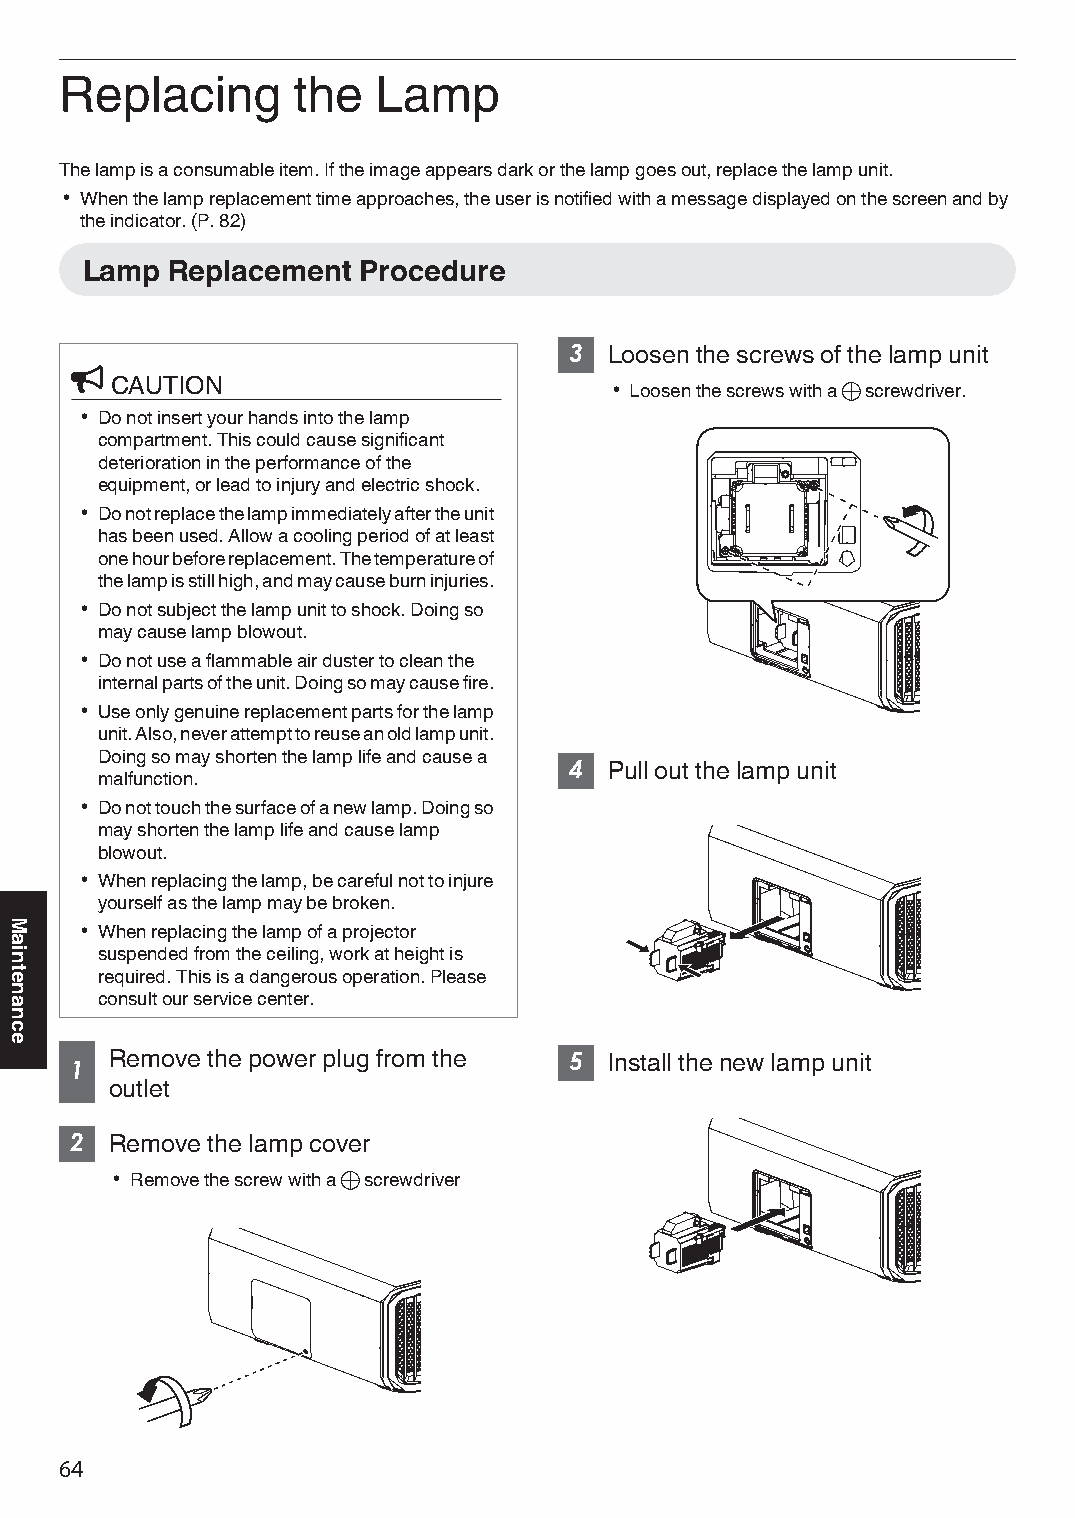
Replacing      the   Lamp
 The lamp is a consumable item. If the image appears dark or the lamp goes out, replace the lamp unit.
 0 When the lamp replacement time approaches, the user is notified with a message displayed on the screen and by
 the indicator. (P. 82)
 Lamp  Replacement  Procedure
 3 Loosen the screws of the lamp unit
 CAUTION
 0 Loosen the screws with a t screwdriver.
 0 Do not insert your hands into the lamp
 compartment. This could cause significant
 deterioration in the performance of the
 equipment, or lead to injury and electric shock.
 0 Do not replace the lamp immediately after the unit
 has been used. Allow a cooling period of at least
 one hour before replacement. The temperature of
 the lamp is still high, and may cause burn injuries.
 0 Do not subject the lamp unit to shock. Doing so
 may cause lamp blowout.
 0 Do not use a flammable air duster to clean the
 internal parts of the unit. Doing so may cause fire.
 0 Use only genuine replacement parts for the lamp
 unit. Also, never attempt to reuse an old lamp unit.
 Doing so may shorten the lamp life and cause a
 4 Pull out the lamp unit
 malfunction.
 0 Do not touch the surface of a new lamp. Doing so
 may shorten the lamp life and cause lamp
 blowout.
 0 When replacing the lamp, be careful not to injure
 yourself as the lamp may be broken.
 0 When replacing the lamp of a projector
 suspended from the ceiling, work at height is
 required. This is a dangerous operation. Please
 consult our service center.
 Remove the power plug from the 5 Install the new lamp unit
 1
 outlet
 2 Remove the lamp cover
 0 Remove the screw with a t screwdriver
 64
 Maintenance